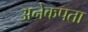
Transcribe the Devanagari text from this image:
अनेकपता